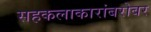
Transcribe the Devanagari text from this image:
सहकलाकारांबरोबर